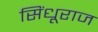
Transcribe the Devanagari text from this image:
सिंधूराज